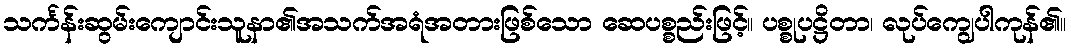
သင်္ကန်းဆွမ်းကျောင်းသူနာ၏အသက်အရံအတားဖြစ်သော ဆေပစ္စည်းဖြင့်။ ပစ္စုပဋ္ဌိတာ၊ လုပ်ကျွေပါကုန်၏။